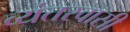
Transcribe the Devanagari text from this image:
व्यंतरवासी